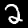
Label: 2